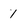
Character: 1